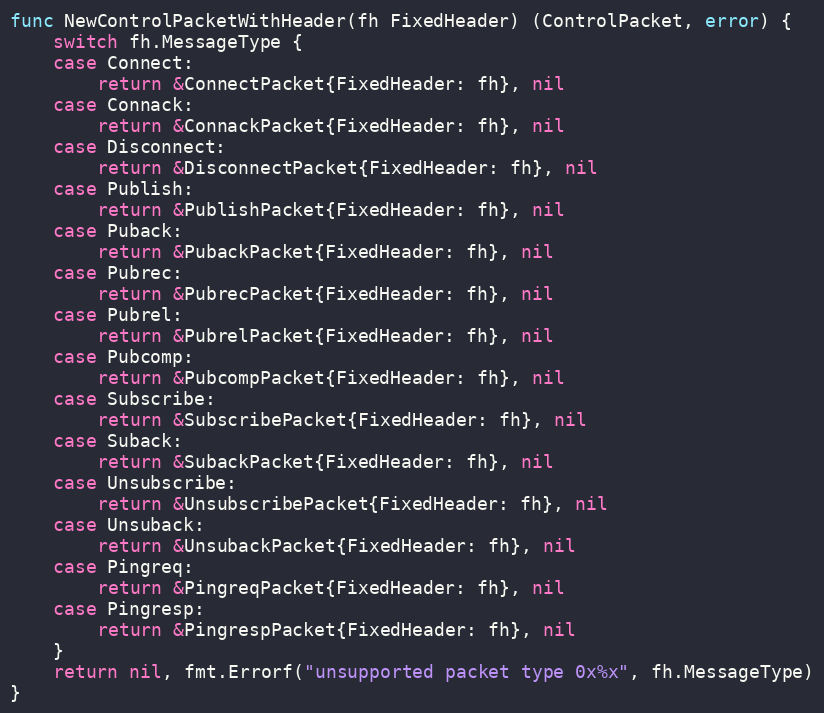
Language: Go
func NewControlPacketWithHeader(fh FixedHeader) (ControlPacket, error) {
	switch fh.MessageType {
	case Connect:
		return &ConnectPacket{FixedHeader: fh}, nil
	case Connack:
		return &ConnackPacket{FixedHeader: fh}, nil
	case Disconnect:
		return &DisconnectPacket{FixedHeader: fh}, nil
	case Publish:
		return &PublishPacket{FixedHeader: fh}, nil
	case Puback:
		return &PubackPacket{FixedHeader: fh}, nil
	case Pubrec:
		return &PubrecPacket{FixedHeader: fh}, nil
	case Pubrel:
		return &PubrelPacket{FixedHeader: fh}, nil
	case Pubcomp:
		return &PubcompPacket{FixedHeader: fh}, nil
	case Subscribe:
		return &SubscribePacket{FixedHeader: fh}, nil
	case Suback:
		return &SubackPacket{FixedHeader: fh}, nil
	case Unsubscribe:
		return &UnsubscribePacket{FixedHeader: fh}, nil
	case Unsuback:
		return &UnsubackPacket{FixedHeader: fh}, nil
	case Pingreq:
		return &PingreqPacket{FixedHeader: fh}, nil
	case Pingresp:
		return &PingrespPacket{FixedHeader: fh}, nil
	}
	return nil, fmt.Errorf("unsupported packet type 0x%x", fh.MessageType)
}